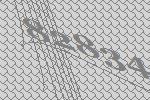
82834